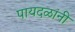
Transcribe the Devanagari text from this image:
पायदळांनी